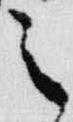
之